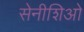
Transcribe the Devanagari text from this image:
सेनीशिओ